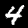
Label: 4